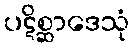
ပဋိစ္ဆာဒေသုံ